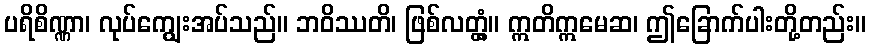
ပရိစိဏ္ဏာ၊ လုပ်ကျွေးအပ်သည်။ ဘဝိဿတိ၊ ဖြစ်လတ္တံ့။ ဣတိဣမေဆ၊ ဤခြောက်ပါးတို့တည်း။